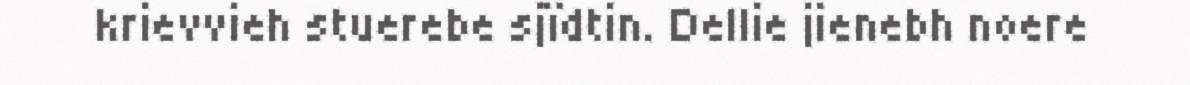
krievvieh stuerebe sjïdtin. Dellie jienebh noere